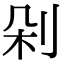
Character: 剁